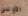
الاولي